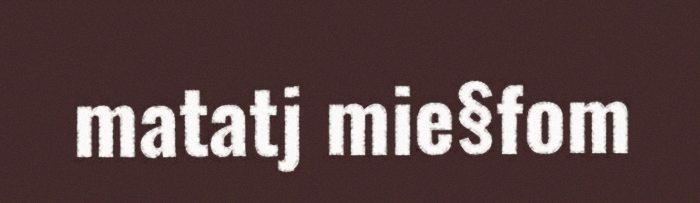
matatj mie§fom